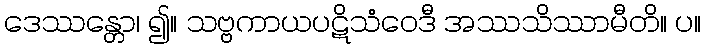
ဒေဿန္တော၊ ၍။ သဗ္ဗကာယပဋိသံဝေဒီ အဿသိဿာမီတိ။ ပ။